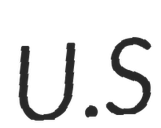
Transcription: U.S